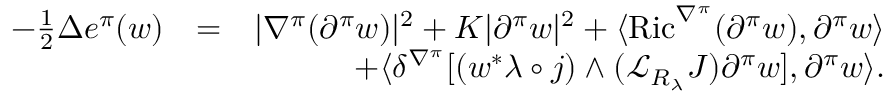
\begin{array} { r l r } { - \frac { 1 } { 2 } \Delta e ^ { \pi } ( w ) } & { = } & { | \nabla ^ { \pi } ( \partial ^ { \pi } w ) | ^ { 2 } + K | \partial ^ { \pi } w | ^ { 2 } + \langle \operatorname { R i c } ^ { \nabla ^ { \pi } } ( \partial ^ { \pi } w ) , \partial ^ { \pi } w \rangle } \\ & { } & { + \langle \delta ^ { \nabla ^ { \pi } } [ ( w ^ { * } \lambda \circ j ) \wedge ( { \mathcal L } _ { R _ { \lambda } } J ) \partial ^ { \pi } w ] , \partial ^ { \pi } w \rangle . } \end{array}